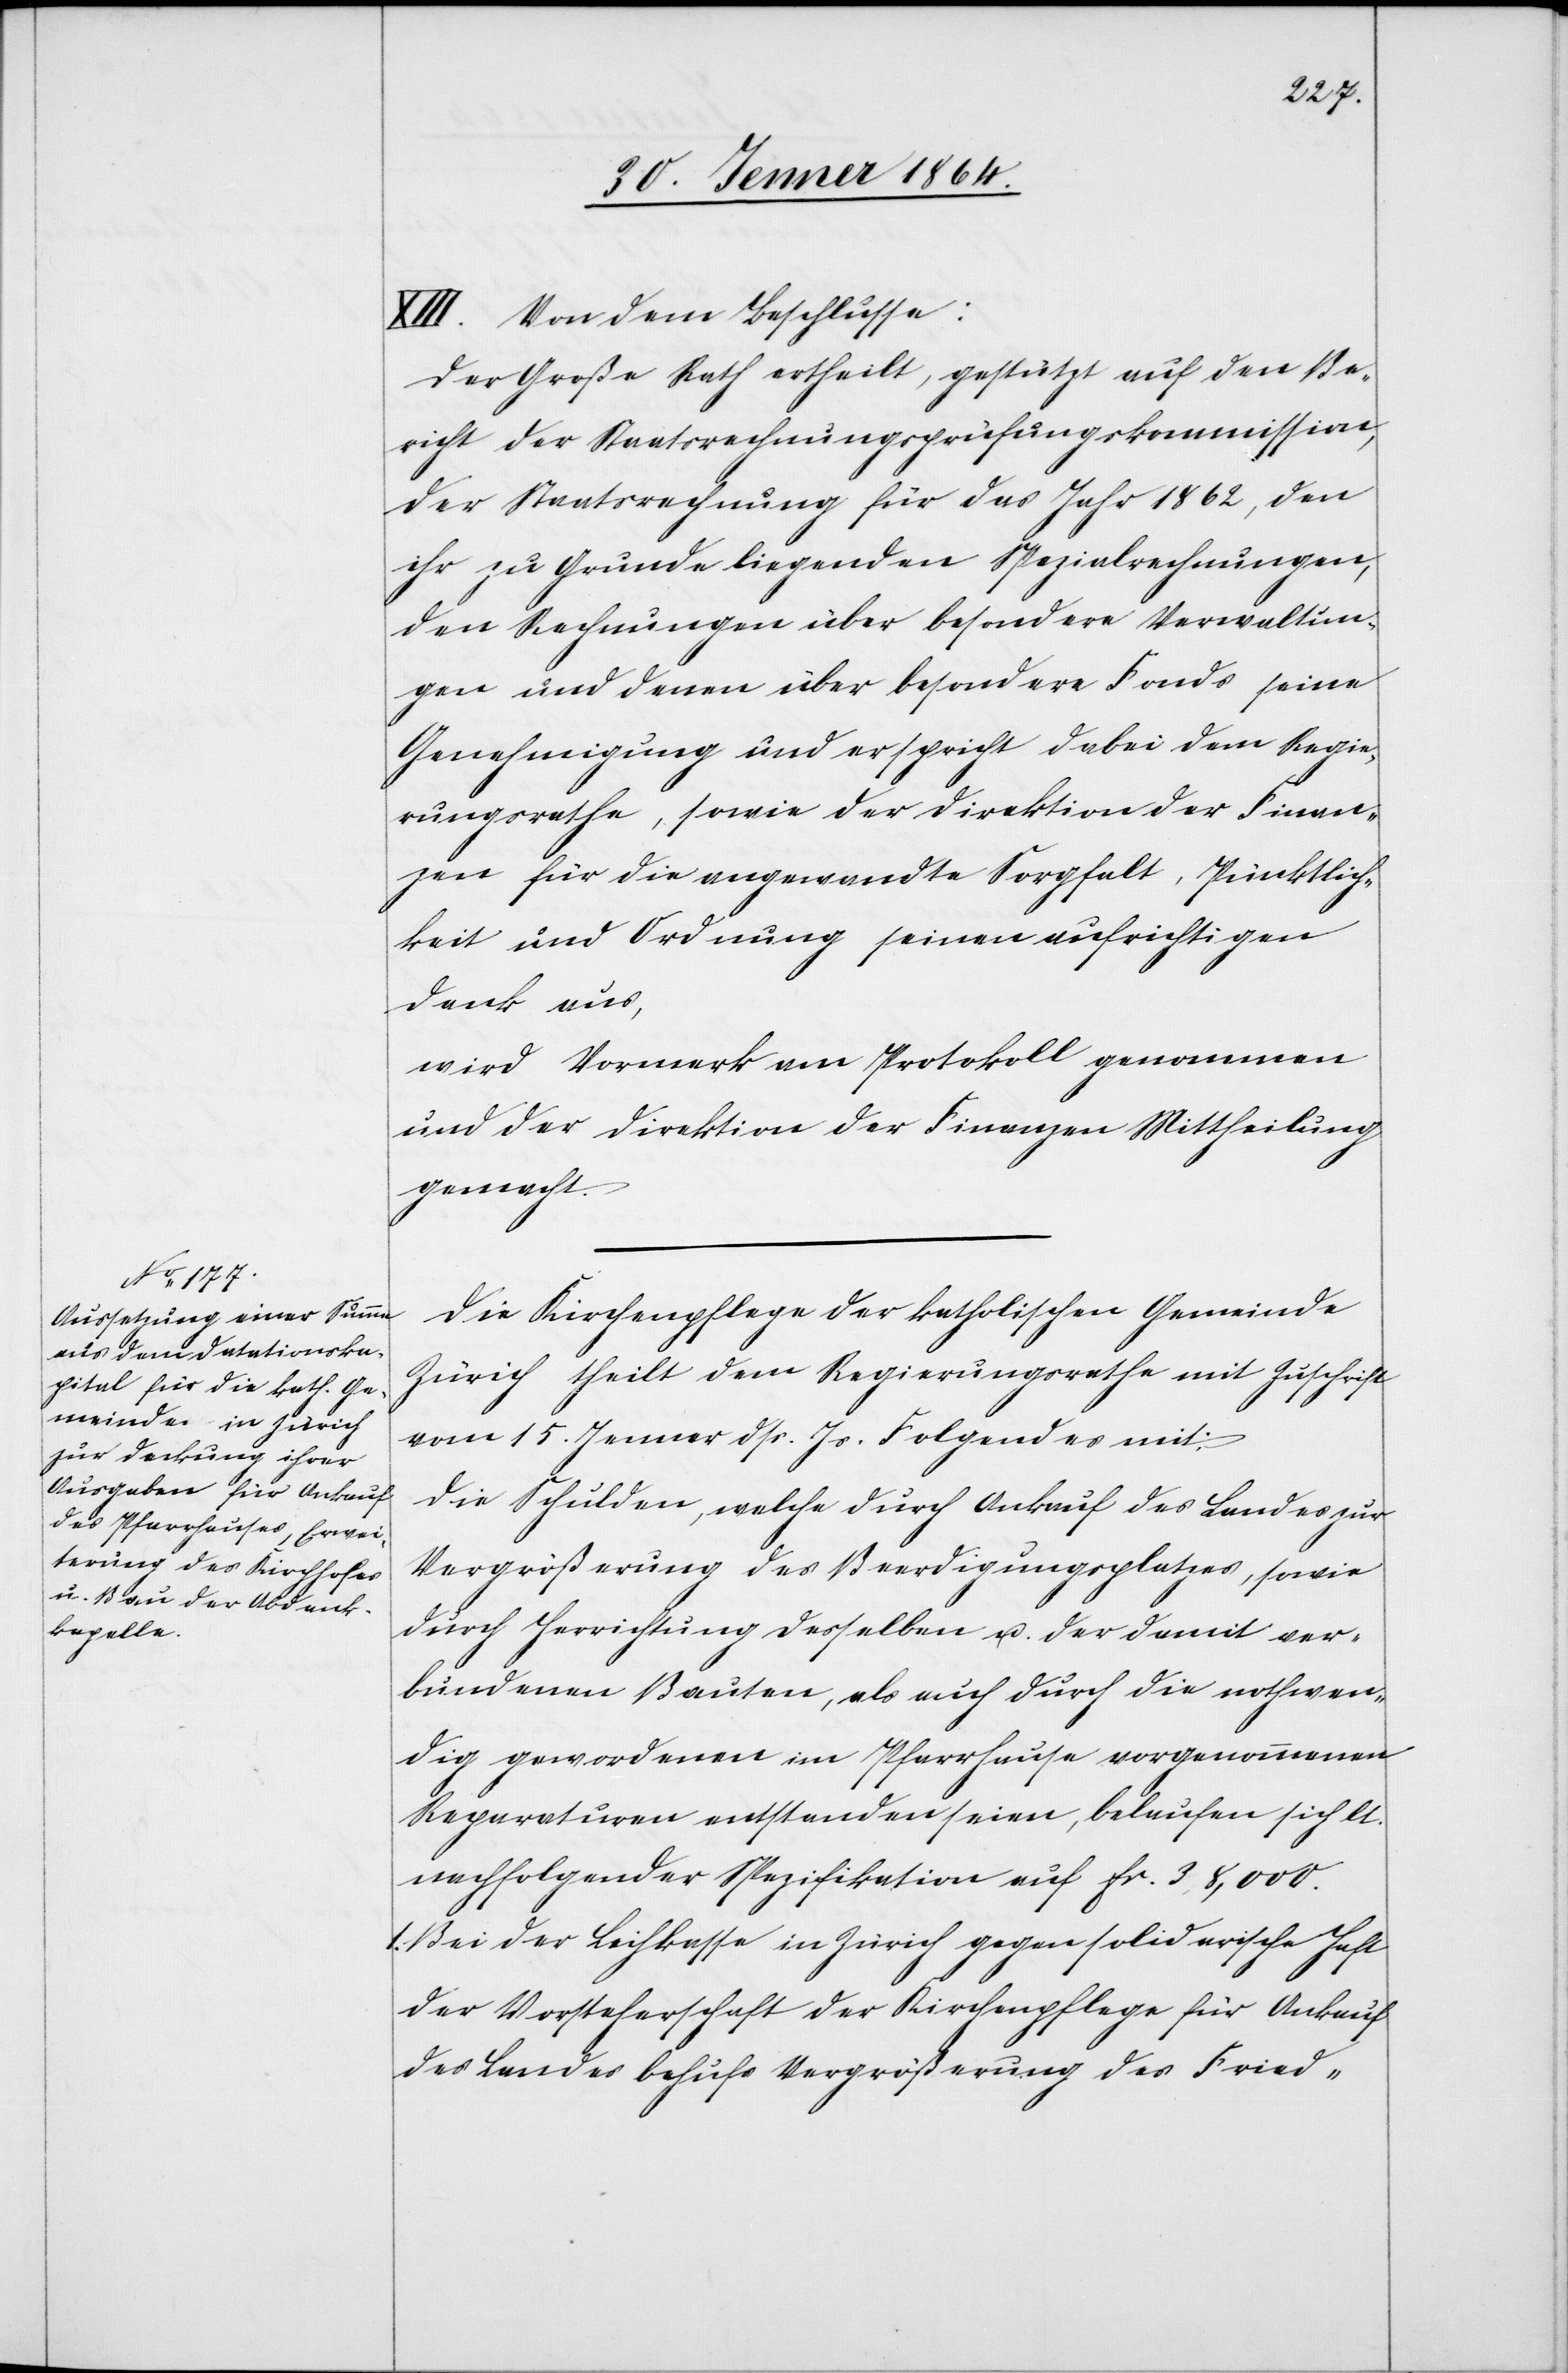
XIII. Von dem Beschlusse:
Der Große Rath ertheilt, gestützt auf den Be¬
richt der Staatsrechnungsprüfungskommission
der Staatsrechnung für das Jahr 1862, den
ihr zu Grunde liegenden Spezialrechnungen,
den Rechnungen über besondere Verwaltun¬
gen und denen über besondere Fonds seine
Genehmigung und er spricht dabei dem Regie¬
rungsrathe, sowie der Direktion der Finan¬
zen für die angewandte Sorgfalt, Pünktlich¬
keit und Ordnung seinen aufrichtigen
Dank aus,
wird Vermerk am Protokoll genommen
und der Direktion der Finanzen Mittheilung
gemacht.
Die Kirchenpflege der katholischen Gemeinde
Zürich theilt dem Regierungsrathe mit Zuschrift
vom 15. Januar dss. Js. Folgendes mit:
Die Schulden, welche durch Ankauf des Landes zur
Vergrößerung des Beerdigungsplatzes, sowie
durch Herrichtung desselben u. der damit ver¬
bundenen Bauten, als auch durch die nothwen¬
dig gewordenen, im Pfarrhause vorgenommenen
Reparaturen entstanden seien, belaufen sich lt.
nachfolgender Spezifikation auf fr. 38,000.
1. Bei der Leihkasse in Zürich gegen solidarische Haft
der Vorsteherschaft der Kirchenpflege für Ankauf
des Landes behufs Vergrößerung des Fried-